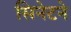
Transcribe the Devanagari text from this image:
सिनेटने